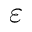
\varepsilon